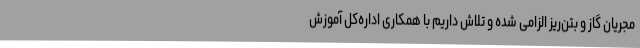
مجریان گاز و بتن‌ریز الزامی شده و تلاش داریم با همکاری اداره‌کل آموزش